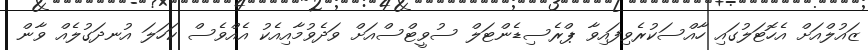
ޒައުލްއަށް އެހޮޓަލުގައި ހާއްސަކުރެވިފައިވާ ޕްރެސިޑެންޓަލް ސުވީޓްސްއަށް ވަދެވުމާއިއެކު އެއްވެސް ކަހަލަ އުނދަގުލެއް ވާން